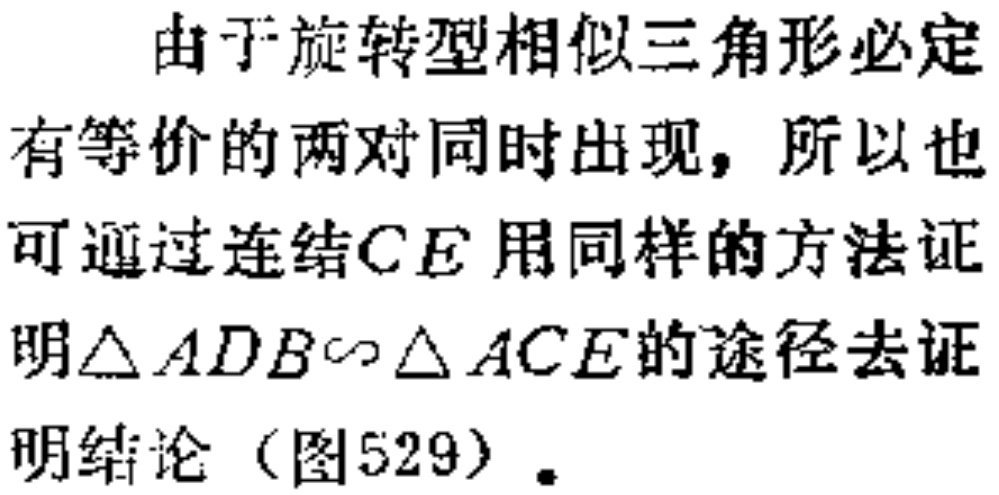
由于旋转型相似三角形必定
有等价的两对同时出现，所以也
可通过连结\(CE\)用同样的方法证
明\(\triangle ADB\sim\triangle ACE\)的途径去证
明结论（图529）。